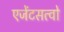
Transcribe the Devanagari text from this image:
एजेंटसत्वो